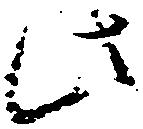
此